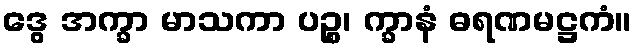
ဒွေ အက္ခာ မာသကာ ပဉ္စ၊ က္ခာနံ ဓရဏမဋ္ဌကံ။